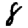
Digit: 8